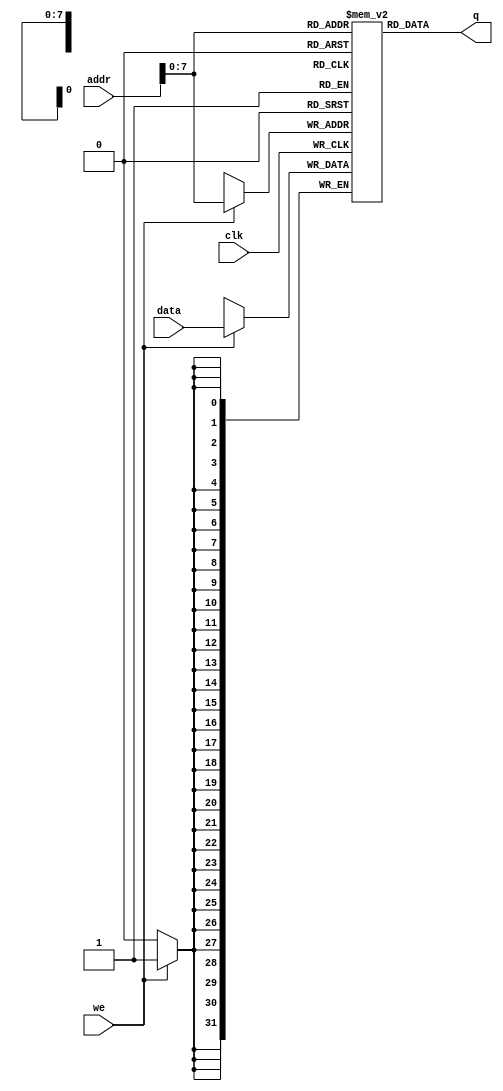
// Quartus Prime Verilog Template
// Single port RAM with single read/write address 

module Data_memory 
#(parameter DATA_WIDTH=32, parameter ADDR_WIDTH=32)
(
	input [(DATA_WIDTH-1):0] data,
	input [(ADDR_WIDTH-1):0] addr,
	input we, clk,
	output reg signed  [(DATA_WIDTH-1):0] q
);

	// Declare the RAM variable
	reg [DATA_WIDTH-1:0] ram[200:0];

	// Variable to hold the registered read address

	always @ (negedge clk)
	begin
		// Write
		if (we)
			ram[addr] = data;
	end

	// Continuous assignment implies read returns NEW data.
	// This is the natural behavior of the TriMatrix memory
	// blocks in Single Port mode.  
	always @(addr) begin
		q=ram[addr];
	end

endmodule